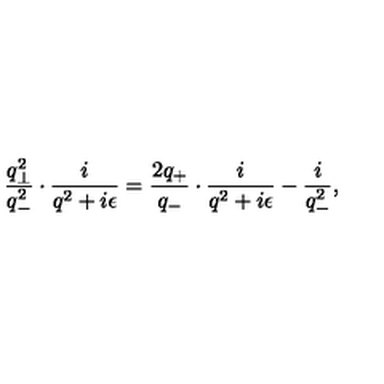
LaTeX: \frac { q _ { \bot } ^ { 2 } } { q _ { - } ^ { 2 } } \cdot \frac { i } { q ^ { 2 } + i { \epsilon } } = \frac { 2 q _ { + } } { q _ { - } } \cdot \frac { i } { q ^ { 2 } + i { \epsilon } } - \frac { i } { q _ { - } ^ { 2 } } ,